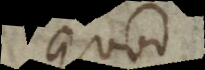
quod